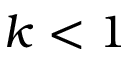
k < 1